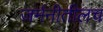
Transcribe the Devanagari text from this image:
जर्मनीतीलच